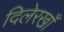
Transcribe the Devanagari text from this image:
दिलेरखाँ